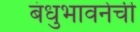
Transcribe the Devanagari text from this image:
बंधुभावनेची